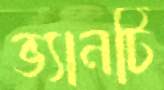
ভ্যানটি